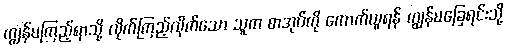
ကျွန်မကြည့်ရာသို့ လိုက်ကြည့်လိုက်သော သူက စာအုပ်ကို ကောက်ယူရန် ကျွန်မခြေရင်းသို့